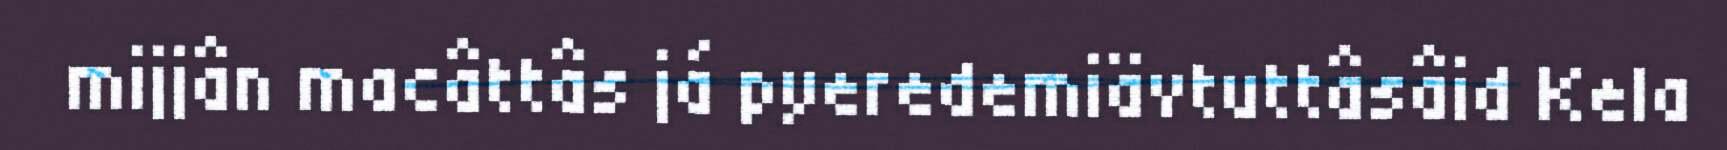
mijjân macâttâs já pyeredemiävtuttâsâid Kela